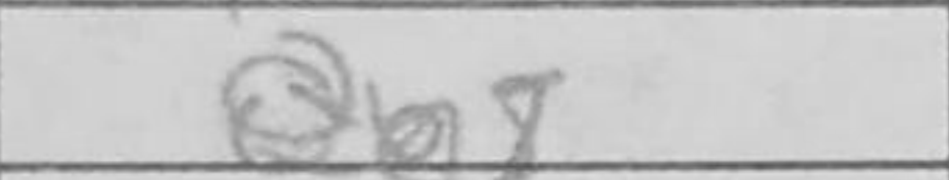
Transcription: Qb5